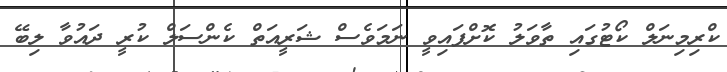
ކްރިމިނަލް ކޯޓުގައި ތާވަލު ކޮށްފައިވީ ނަމަވެސް ޝަރީއަތް ކެންސަލް ކުރީ ދައުވާ ލިބޭ